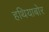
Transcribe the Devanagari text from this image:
हथियाबोर